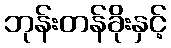
ဘုန်းတန်ခိုးနှင့်